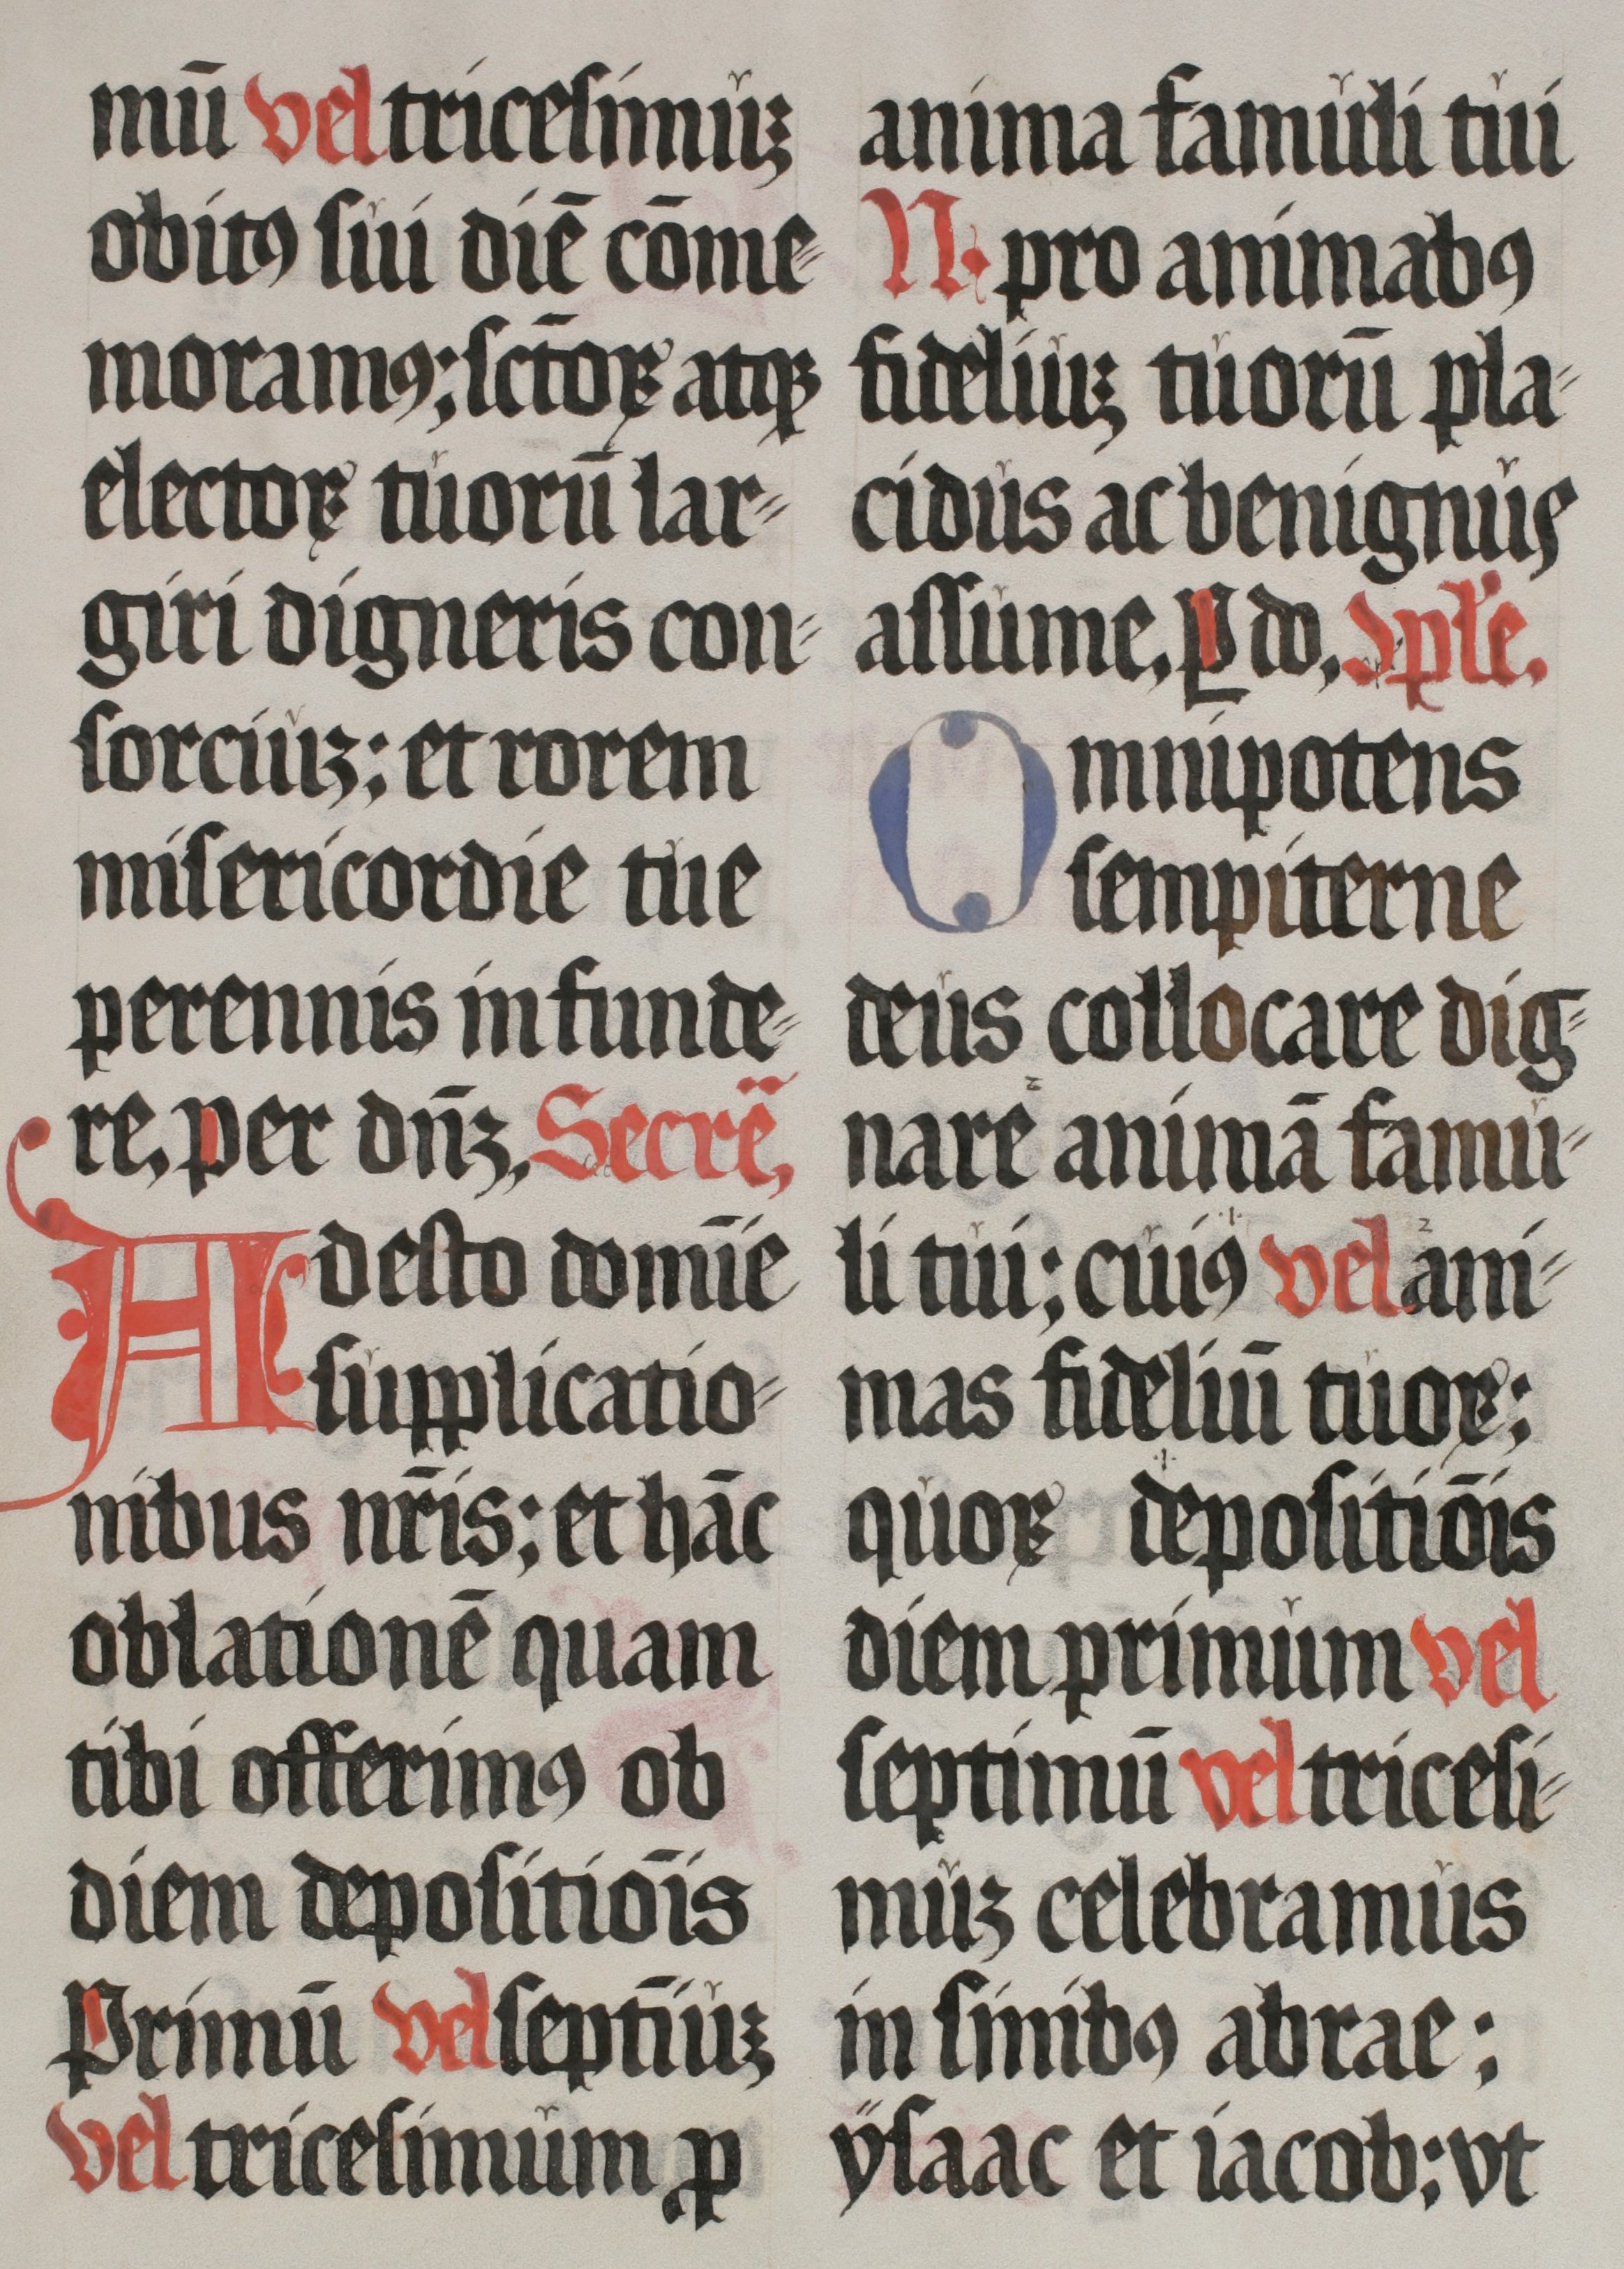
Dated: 1555–1555